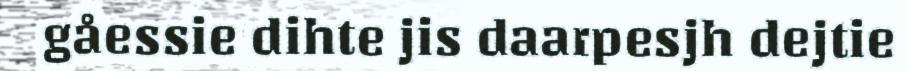
gåessie dihte jis daarpesjh dejtie